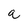
Character: a